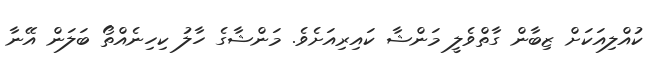
ކުއްލިއަަކަށް ޒިބާން ގާތްވެލީ މަންޝާ ކައިރިއަށެވެ. މަންޝާގެ ހާލު ކިހިނެއްތޯ ބަލަން އޭނާ